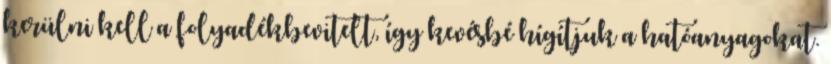
kerülni kell a folyadékbevitelt, így kevésbé hígítjuk a hatóanyagokat.